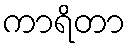
ကာရိတာ